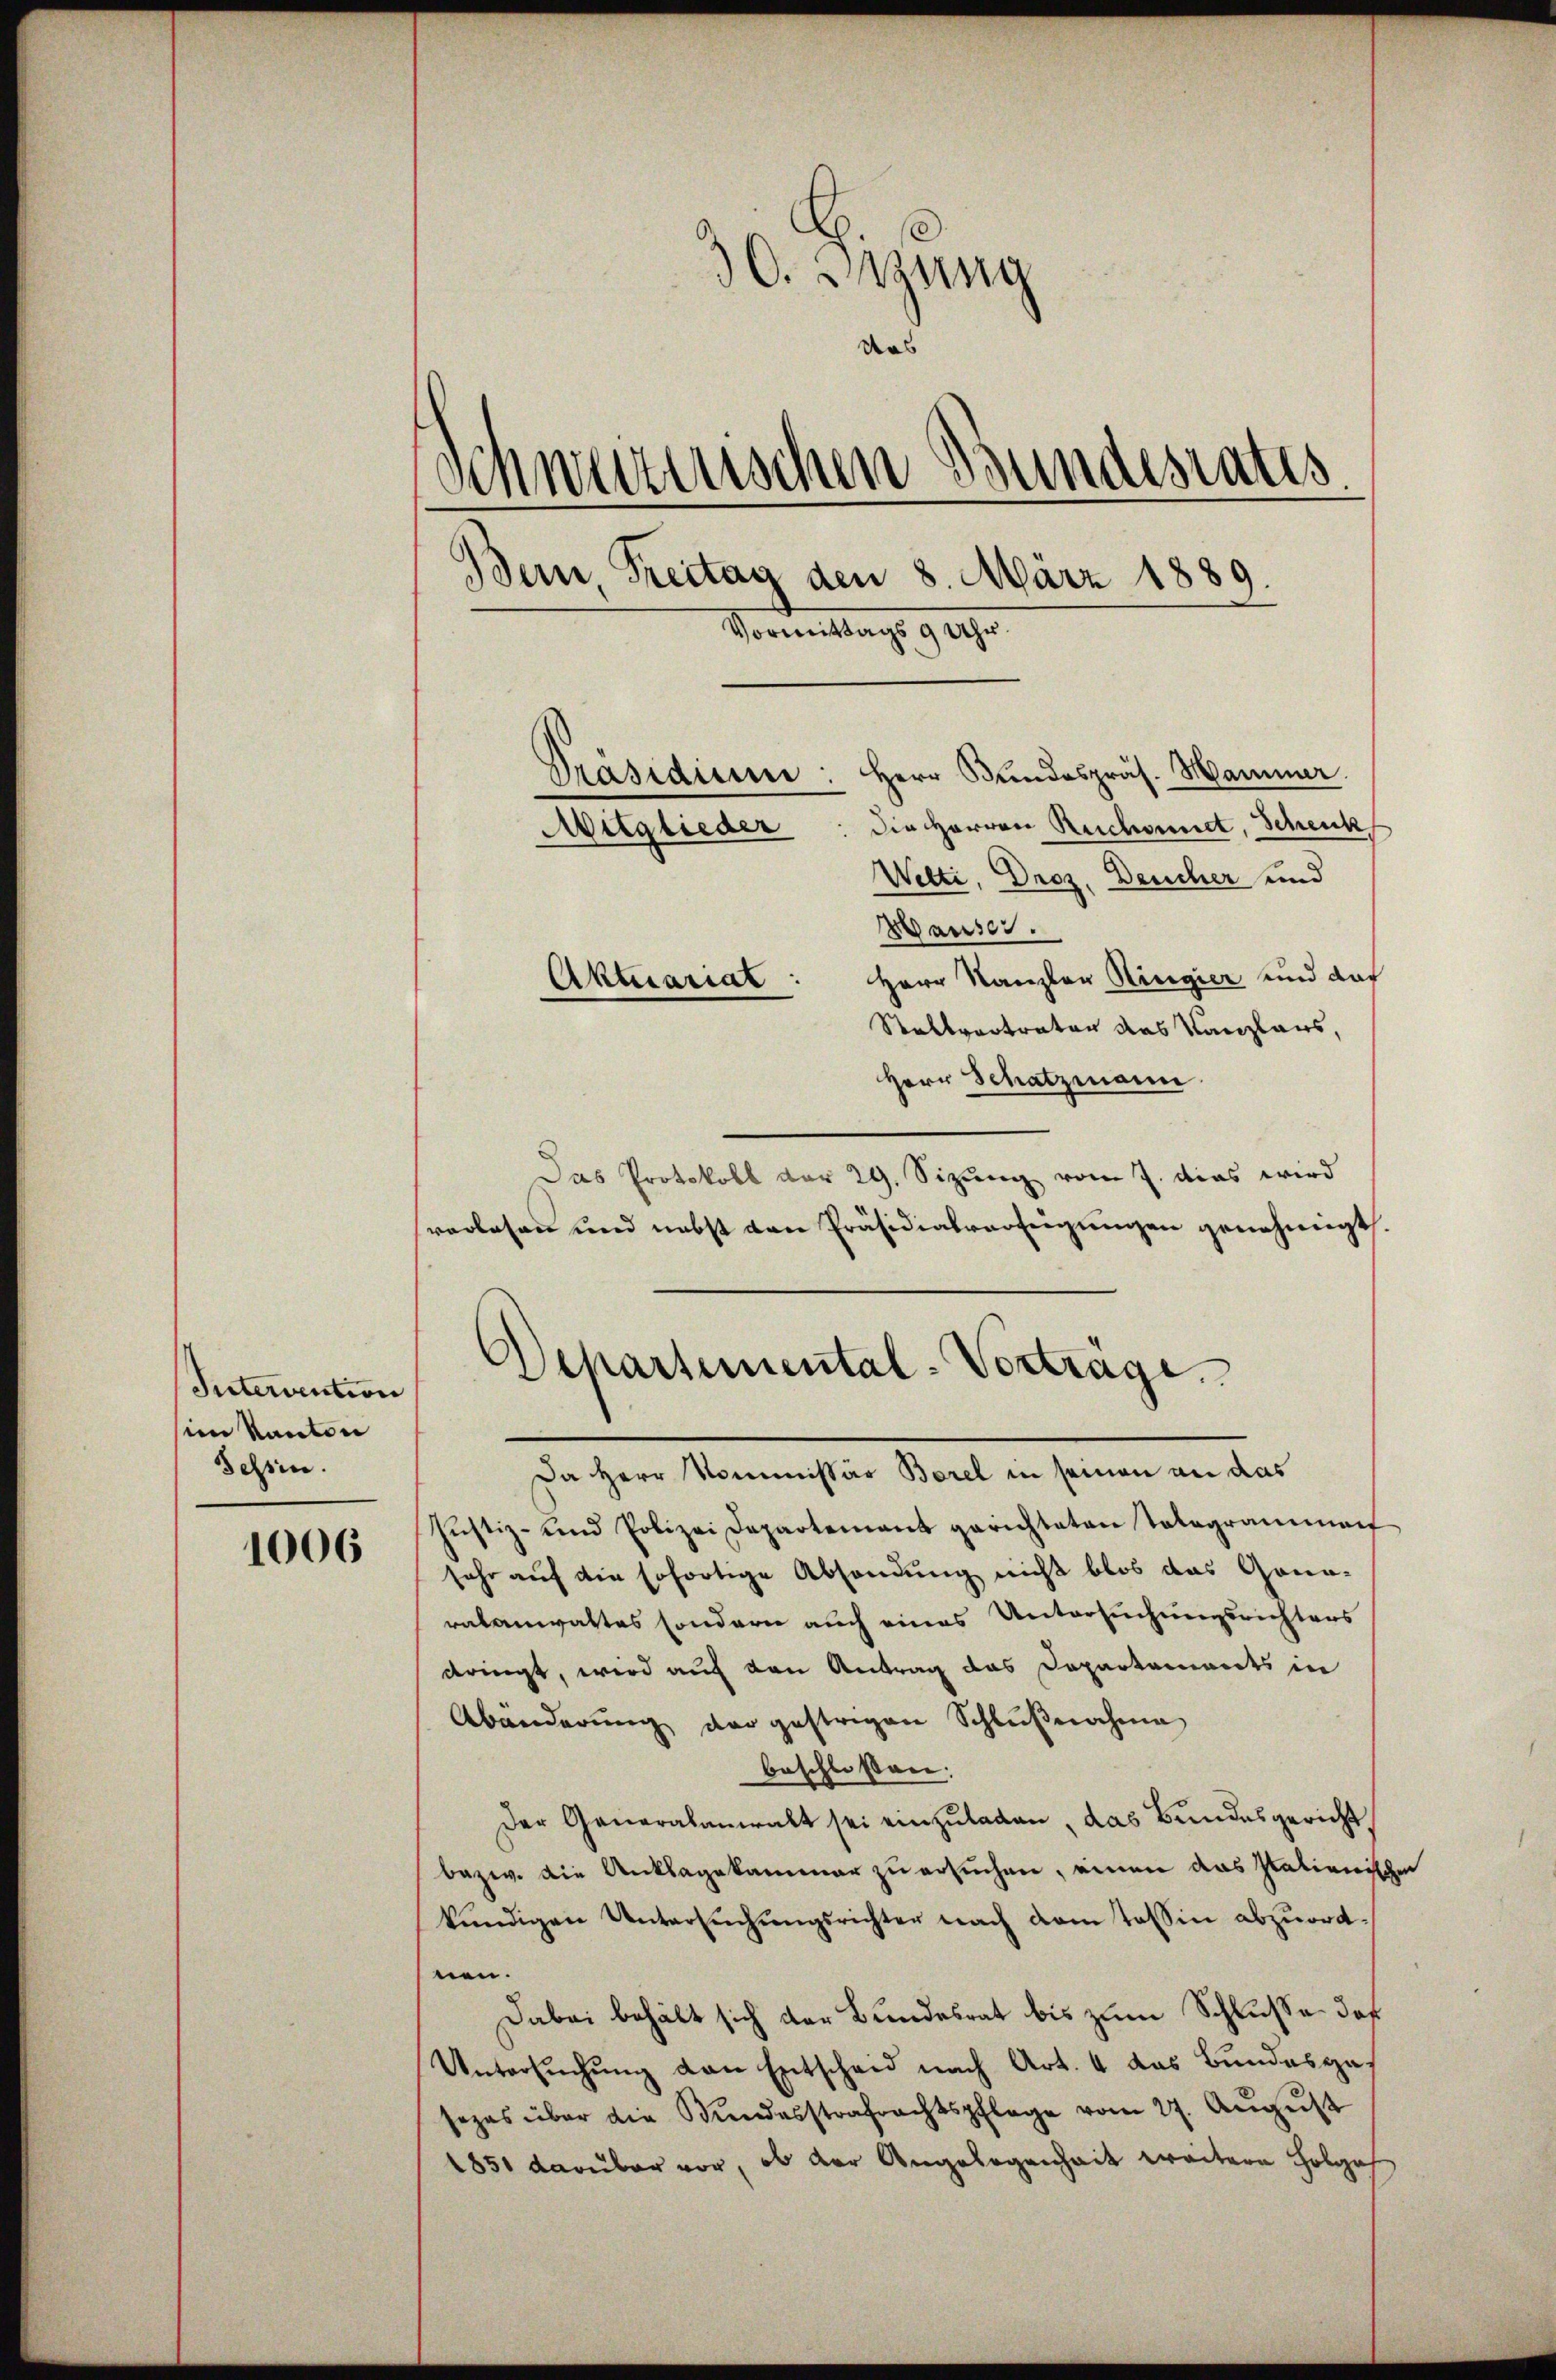
Intervention
im Kanton
Tessin.

1006

30. Sizung
ders
Schweizerischen Bundesrates
Bern Freitag den 8. März 1889.
Vormittags 9 Uhr.
Präsidium: Herr Bundespräs. Manner.
Die Herren Reichnet, Scheuk
Mitglieder
Welti, Droz, Deucher und

Hauser.
Herr Kanzler Ringier und das
Stellvertraten das Kanzlaus,
Herr Schatzmann
Das Protokoll der 29. Sizŭng vom 7. dies wird
verlesen und nebst von Präsidialverfeigungen genehmigt.
Da Herr Kommissär Borel in seinen an das
Justiz- und Polizei Departement gerichteten Tologrammen
sehr auf die sofortige Absendung nicht blos das Gona-
rabanwaltes sondern auch eines Untersuchungsrichters
dringt, wird auf den Antrag das Departements in
Abänderung der gestrigen Schlußnahme
beschloßen:
Der Generalanwalt sei einzŭladen, das Bundesgericht
bezw. die Anklagekammer zu ersuchen, einen das Italienischen
kündigen Untersŭchŭngsrichter nach dem Tessin abzuordnen.
Dabei behält sich der Bundesrat bis zum Schluße daß
Untersuchung den Entscheid nach Art. 4 das Bundesgesezes über die Kundesstrafrachtspflege vom 27. Aŭgŭst
1851 darüber vor, ob der Angelegenheit weitere Folge

Aktuariat

Departemental-Vertrage.